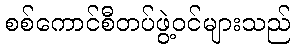
စစ်ကောင်စီတပ်ဖွဲ့ဝင်များသည်